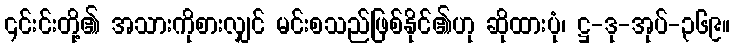
၎င်းင်းတို့၏ အသားကိုစားလျှင် မင်းစသည်ဖြစ်နိုင်၏ဟု ဆိုထားပုံ၊ ဋ္ဌ-ဒု-အုပ်-၃၆၉။